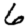
Digit: 6